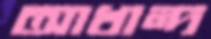
আখান্দ